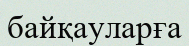
байқауларға